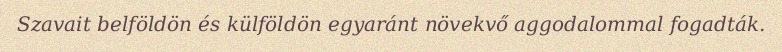
Szavait belföldön és külföldön egyaránt növekvő aggodalommal fogadták.